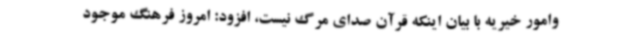
وامور خیریه با بیان اینکه قرآن صدای مرگ نیست، افزود: امروز فرهنگ موجود